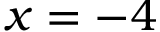
x = - 4